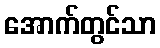
အောက်တွင်သာ